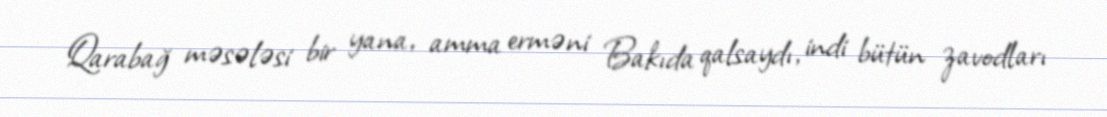
Qarabağ məsələsi bir yana, amma erməni Bakıda qalsaydı, indi bütün zavodları